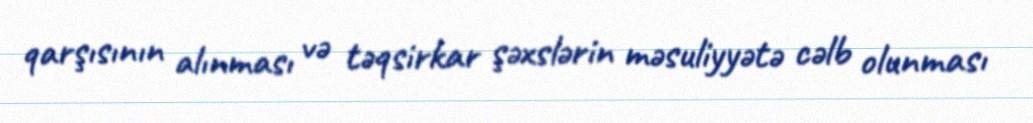
qarşısının alınması və təqsirkar şəxslərin məsuliyyətə cəlb olunması